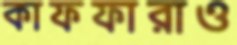
কাফফারাও